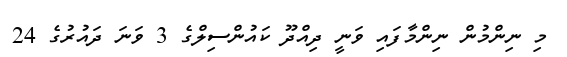
މި ނިންމުން ނިންމާފައި ވަނީ ދިއްދޫ ކައުންސިލްގެ 3 ވަނަ ދައުރުގެ 24